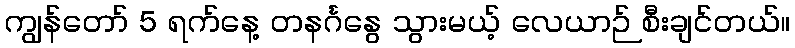
ကျွန်တော် 5 ရက်နေ့ တနင်္ဂနွေ သွားမယ့် လေယာဉ် စီးချင်တယ်။